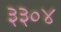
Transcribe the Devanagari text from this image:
३३०४